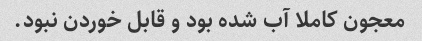
معجون کاملا آب شده بود و قابل خوردن نبود.